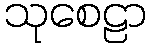
သုစေဠာ